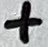
Text: +